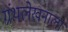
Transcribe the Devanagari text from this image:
ग्रंथलेखनाला